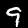
Digit: 9